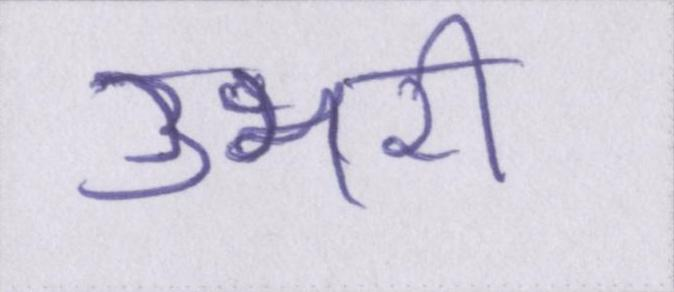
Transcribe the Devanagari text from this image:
उभरी